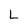
Character: L